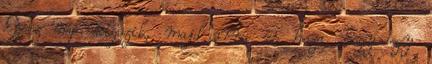
Egész nap dolgozik, majd arra ér haza, hogy egy